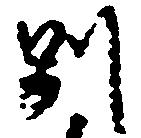
別